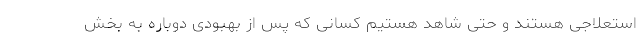
استعلاجی هستند و حتی شاهد هستیم کسانی که پس از بهبودی دوباره به بخش